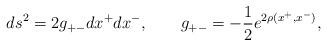
LaTeX: \begin{align*}ds^2 = 2 g_{+-} dx^+ dx^-, ~~~~~~g_{+-} = -\frac{1}{2} e^{2\rho(x^+, x^-)},\end{align*}